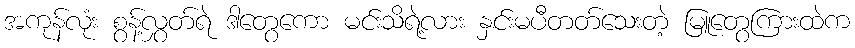
အကုန်လုံး စွန့်လွှတ်ရဲ ဒါတွေကော မင်းသိရဲ့လား နှင်းမပီတတ်သေးတဲ့ မြူတွေကြားထဲက